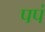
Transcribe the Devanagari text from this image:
पपं